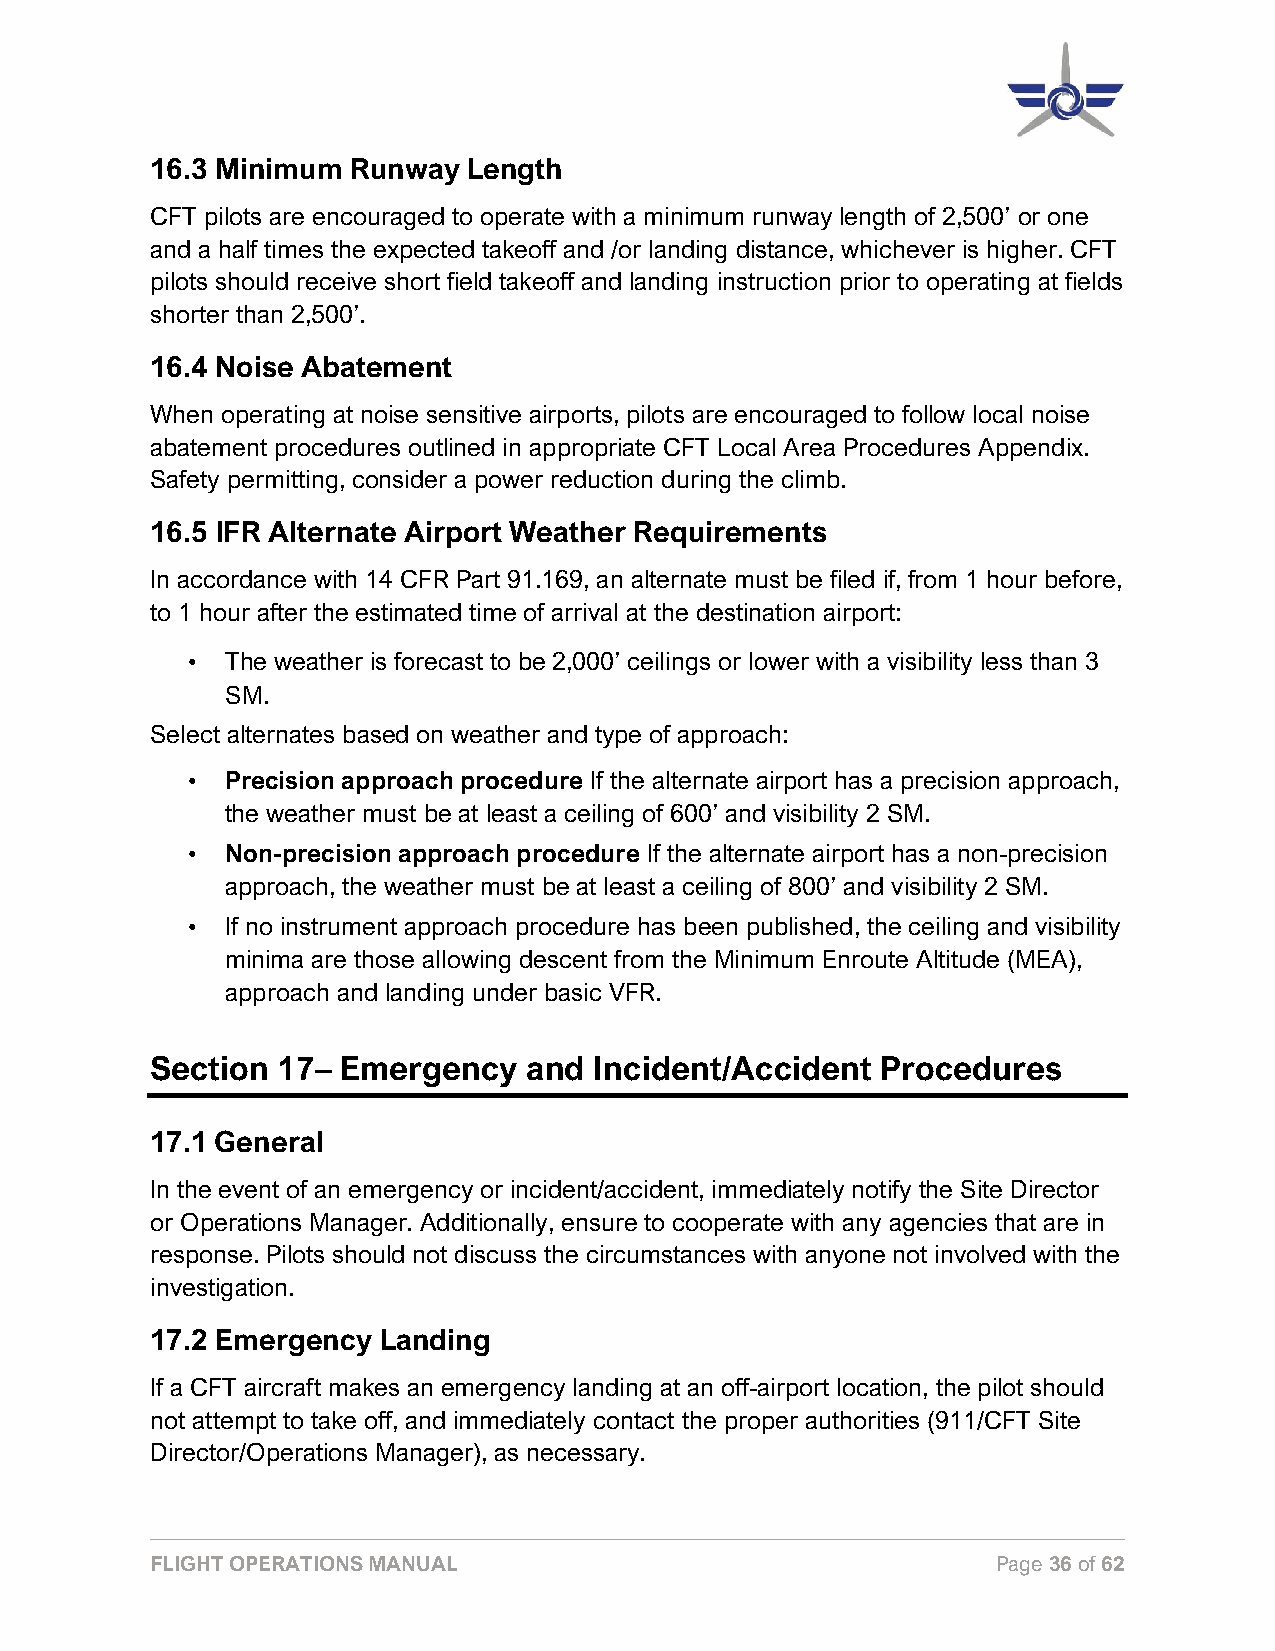
16.3 Minimum Runway  Length
 CFT pilots are encouraged to operate with a minimum runway length of 2,500’ or one
 and a half times the expected takeoff and /or landing distance, whichever is higher. CFT
 pilots should receive short field takeoff and landing instruction prior to operating at fields
 shorter than 2,500’.
 16.4 Noise Abatement
 When operating at noise sensitive airports, pilots are encouraged to follow local noise
 abatement procedures outlined in appropriate CFT Local Area Procedures Appendix.
 Safety permitting, consider a power reduction during the climb.
 16.5 IFR Alternate Airport Weather Requirements
 In accordance with 14 CFR Part 91.169, an alternate must be filed if, from 1 hour before,
 to 1 hour after the estimated time of arrival at the destination airport:
 •  The weather is forecast to be 2,000’ ceilings or lower with a visibility less than 3
 SM.
 Select alternates based on weather and type of approach:
 •  Precision approach procedure If the alternate airport has a precision approach,
 the weather must be at least a ceiling of 600’ and visibility 2 SM.
 •  Non-precision approach procedure If the alternate airport has a non-precision
 approach, the weather must be at least a ceiling of 800’ and visibility 2 SM.
 •  If no instrument approach procedure has been published, the ceiling and visibility
 minima are those allowing descent from the Minimum Enroute Altitude (MEA),
 approach and landing under basic VFR.
 Section 17–  Emergency   and Incident/Accident  Procedures
 17.1 General
 In the event of an emergency or incident/accident, immediately notify the Site Director
 or Operations Manager. Additionally, ensure to cooperate with any agencies that are in
 response. Pilots should not discuss the circumstances with anyone not involved with the
 investigation.
 17.2 Emergency Landing
 If a CFT aircraft makes an emergency landing at an off-airport location, the pilot should
 not attempt to take off, and immediately contact the proper authorities (911/CFT Site
 Director/Operations Manager), as necessary.
 FLIGHT OPERATIONS MANUAL                                Page 36 of 62